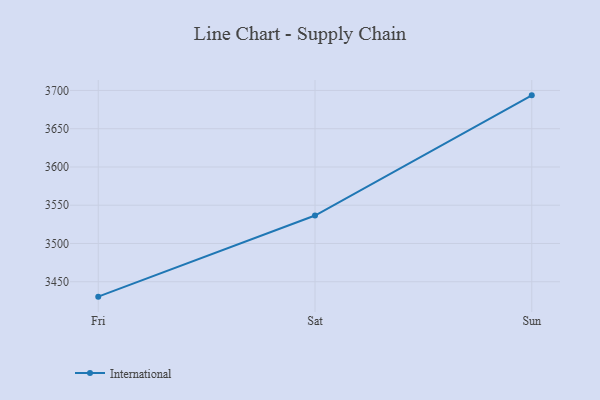
{"axis": {"x": "Day", "y": "Energy Usage (MWh)"}, "legend": ["International"], "data": [{"x": "Fri", "y": 3430.5, "type": "International"}, {"x": "Sat", "y": 3536.5, "type": "International"}, {"x": "Sun", "y": 3693.6, "type": "International"}]}